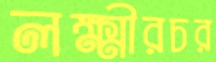
লক্ষ্মীরচর